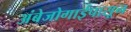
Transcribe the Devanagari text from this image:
अंबेजोगाईपासून